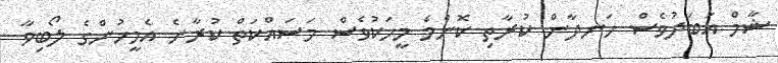
ޝާމް އަބަދުވެސް ހަނދާން ކުރާތި ކޮންމެ މީހަކުވެސް މަސައްކަތް ކުރާނެ އެމީހުންގެ ލޯބިވާ